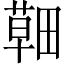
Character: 𦹸